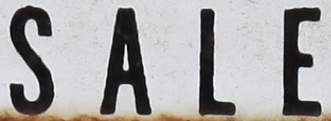
SALE